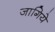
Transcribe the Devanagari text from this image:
जागिये